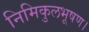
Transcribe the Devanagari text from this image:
निमिकुलभूषण।